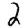
Digit: 2